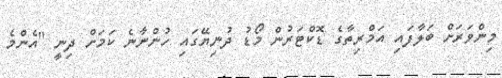
މިންވަރަށް ބަލާފައި އަމްރިތާގެ ޑޮކްޓަރުން މޯޑު ދުނިޔޭގައި ހުންނާނެ ކަމަށް ދިނީ "އެންމެ